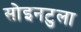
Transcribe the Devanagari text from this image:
सोइनटुला